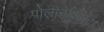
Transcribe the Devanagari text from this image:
पोलीनेशियन।